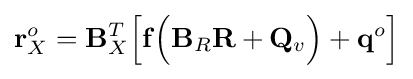
\mathbf {r} _{X}^{o}=\mathbf {B} _{X}^{T}{\Big [}\mathbf {f} {\Big (}\mathbf {B} _{R}\mathbf {R} +\mathbf {Q} _{v}{\Big )}+\mathbf {q} ^{o}{\Big ]}